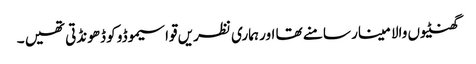
گھنٹیوں والا مینار سامنے تھا اور ہماری نظریں قواسیموڈو کو ڈھونڈتی تھیں ۔